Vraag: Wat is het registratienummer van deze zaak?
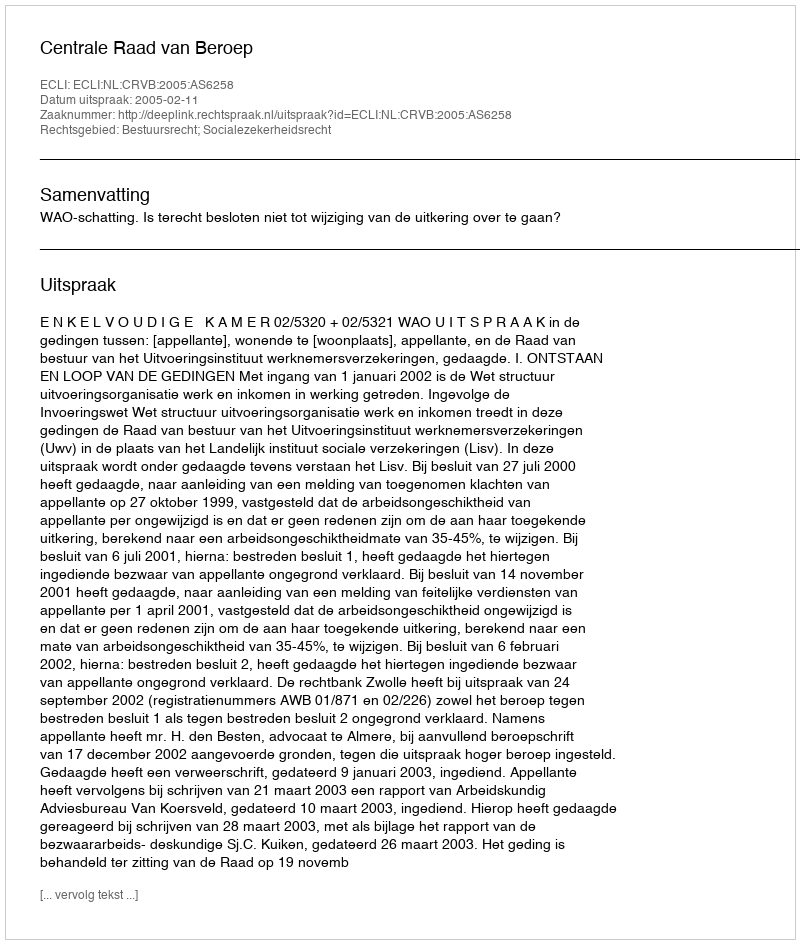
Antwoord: http://deeplink.rechtspraak.nl/uitspraak?id=ECLI:NL:CRVB:2005:AS6258